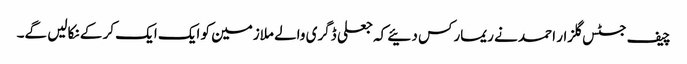
چیف جسٹس گلزار احمد نے ریمارکس دئیے کہ جعلی ڈگری والے ملازمین کو ایک ایک کر کے نکالیں گے۔